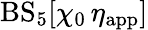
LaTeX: \mathrm{BS}_{5}[\chi_{0}\, \eta_{\mathrm{app}}]